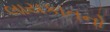
લાયકાતનો